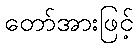
တော်အားဖြင့်